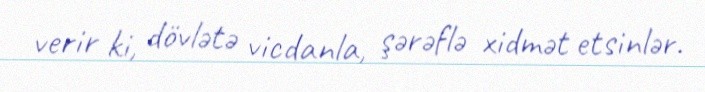
verir ki, dövlətə vicdanla, şərəflə xidmət etsinlər.